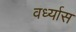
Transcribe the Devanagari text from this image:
वर्ध्यास